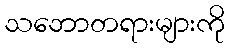
သဘောတရားများကို